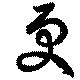
更